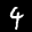
Label: 4